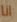
انا